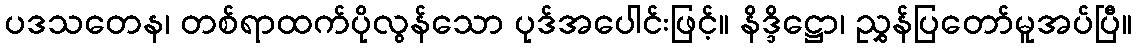
ပဒသတေန၊ တစ်ရာထက်ပိုလွန်သော ပုဒ်အပေါင်းဖြင့်။ နိဒ္ဒိဋ္ဌော၊ ညွှန်ပြတော်မူအပ်ပြီ။